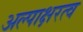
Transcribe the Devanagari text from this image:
अल्पाक्षरत्व